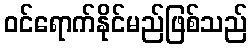
ဝင်ရောက်နိုင်မည်ဖြစ်သည်